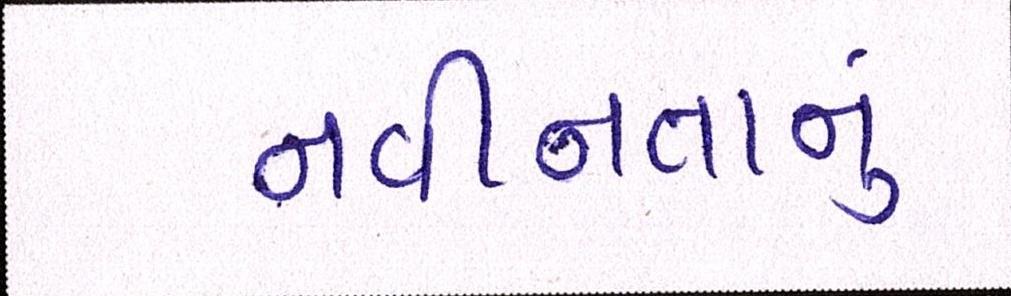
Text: નવીનતાનું